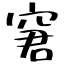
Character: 窘